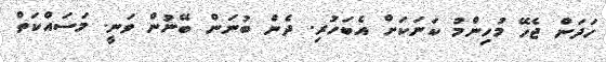
ހަދަން ޖެހޭ މުހިންމު ކަނަކަށް އެބަހުރި. ދެން ބުނަން ބޭނުން ވަނީ. މަސައްކަތް